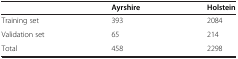
|  | Ayrshire | Holstein |
 | --- | --- | --- |
 | Training set | 393 | 2084 |
 | Validation set | 65 | 214 |
 | Total | 458 | 2298 |